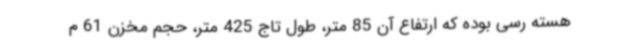
هسته رسی بوده که ارتفاع آن 85 متر، طول تاج 425 متر، حجم مخزن 61 م